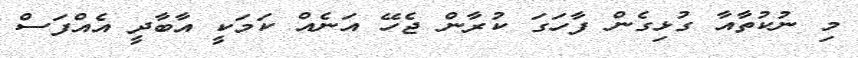
މި ނުކުތާއާ ގުޅިގެން ފާހަގަ ކުރާން ޖެހޭ އަނެއް ކަމަކީ އާބާދީ އެއްފަސް